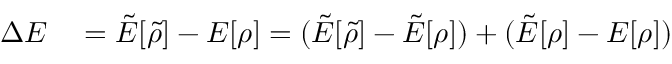
\begin{array} { r l } { \Delta E } & { { } = \tilde { E } [ \tilde { \rho } ] - E [ \rho ] = ( \tilde { E } [ \tilde { \rho } ] - \tilde { E } [ \rho ] ) + ( \tilde { E } [ \rho ] - E [ \rho ] ) } \end{array}